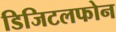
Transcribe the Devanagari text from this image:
डिजिटलफोन